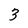
Character: 3